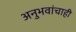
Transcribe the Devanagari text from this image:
अनुभवांचाही